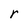
Character: r